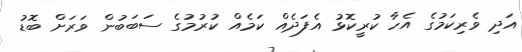
އަދި ވެރިކަމުގެ އެހާ ކުރީކޮޅު އެފަދެއް ކަމެއް ކުރުމުގެ ސަބަބުން ވަރަށް ބޮޑު